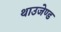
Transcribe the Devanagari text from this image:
थाउजेण्ड